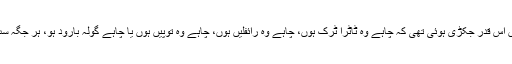
ہندوستانی فوج ہتھیاروں کے دلالوں کے جال میں اس قدر جکڑی ہوئی تھی کہ چاہے وہ ٹاٹرا ٹرک ہوں، چاہے وہ رائفلیں ہوں، چاہے وہ توپیں ہوں یا چاہے گولہ بارود ہو، ہر جگہ سب اسینڈرڈ سامان ہندوستان کی فوج میں آ رہا تھا۔